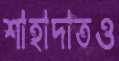
শাহাদাতও